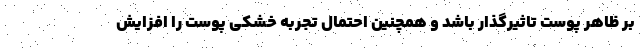
بر ظاهر پوست تاثیرگذار باشد و همچنین احتمال تجربه خشکی پوست را افزایش